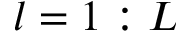
l = 1 : L